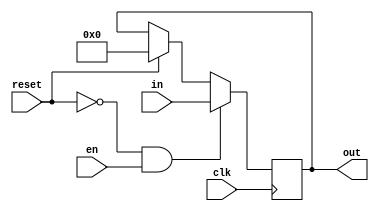
module PCreg(input clk, reset, en, input[31:0] in, output [31:0] out);
    reg [31:0] pc /*verilator public*/;
    assign out = pc;
    always @(posedge clk) begin
        if (!reset && en) pc <= in;
        else if (reset) pc <= 0;
    end
endmodule